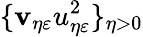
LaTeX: \{ \mathbf{v}_{\eta\varepsilon}u_{\eta\varepsilon}^{2}\} _{\eta>0}